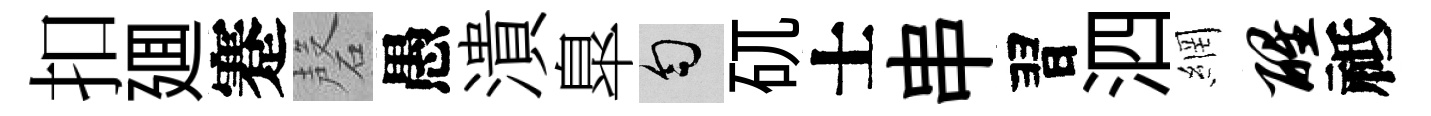
扣廽蹇磬愚潰臯匀矹士串習泗網醒祗